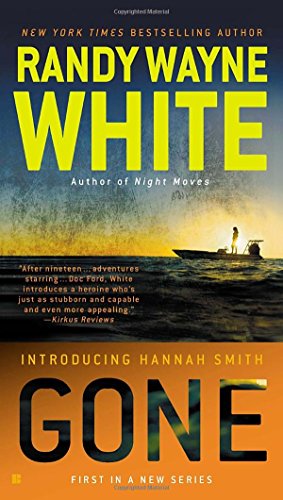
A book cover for Gone (Hannah Smith Novels); Randy Wayne White; Literature & Fiction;